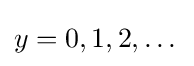
y=0,1,2,\dots